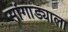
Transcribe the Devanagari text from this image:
सांगाड्याला